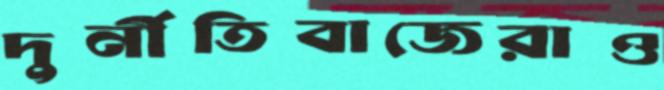
দুর্নীতিবাজেরাও